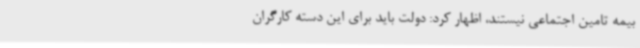
بیمه تامین اجتماعی نیستند، اظهار کرد: دولت باید برای این دسته کارگران